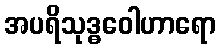
အပရိသုဒ္ဓဝေါဟာရော